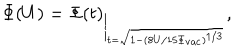
\Phi ( U ) = \Phi ( t ) _ { \Big | _ { t = \sqrt { 1 - ( 8 U / 1 5 \Phi _ { \mathrm { v a c } } ) ^ { 1 / 3 } } } } ,